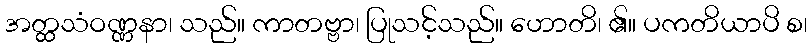
အတ္ထသံဝဏ္ဏနာ၊ သည်။ ကာတဗ္ဗာ၊ ပြုသင့်သည်။ ဟောတိ၊ ၏။ ပကတိယာပိ စ၊